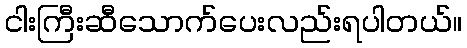
ငါးကြီးဆီသောက်ပေးလည်းရပါတယ်။